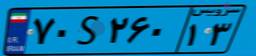
۲۹S۰۴۶۹۹